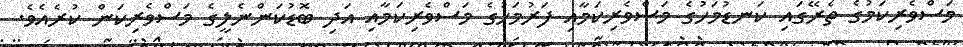
މަސްވެރިކަމުގެ ތެރޭގައި ކަނޑުމަހުގެ މަސްވެރިކަމާއި ފަރުމަހުގެ މަސްވެރިކަމާއި އަދި ބޮޑުކަންނެލީގެ މަސްވެރިކަން ކުރެއެވެ.